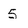
Character: 5